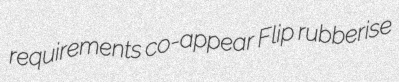
requirements co-appear Flip rubberise